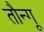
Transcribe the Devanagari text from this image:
तौन्गू